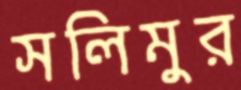
সলিমুর